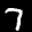
Label: 7